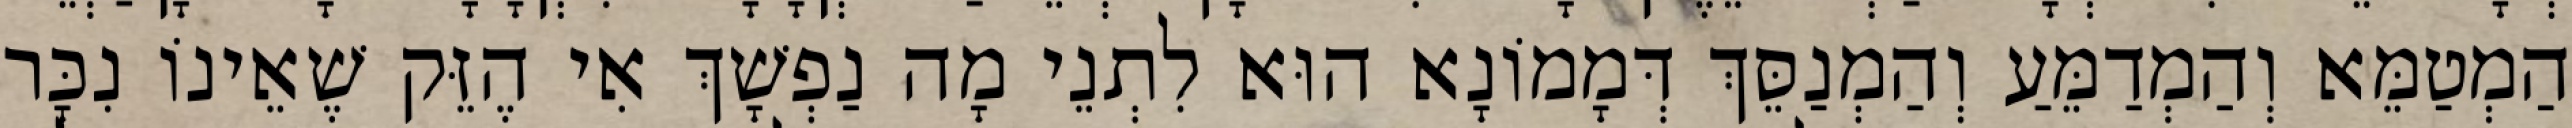
הַמְטַמֵּא וְהַמְדַמֵּעַ וְהַמְנַסֵּךְ דְּמָמוֹנָא הוּא לִתְנֵי מָה נַפְשָׁךְ אִי הֶזֵּק שֶׁאֵינוֹ נִכָּר